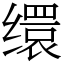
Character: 缳